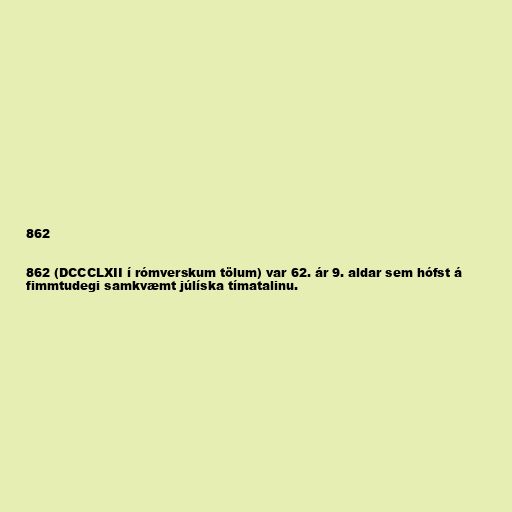
862

862 (DCCCLXII í rómverskum tölum) var 62. ár 9. aldar sem hófst á
fimmtudegi samkvæmt júlíska tímatalinu.